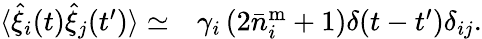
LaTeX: \begin{array}{rl}{\langle\hat{\xi}_{i}(t)\hat{\xi}_{j}(t^{\prime})\rangle\simeq}&{{}\gamma_{i}\left(2\bar{n}_{i}^{\mathrm{m}}+1\right)\delta(t-t^{\prime})\delta_{ij}.}\end{array}